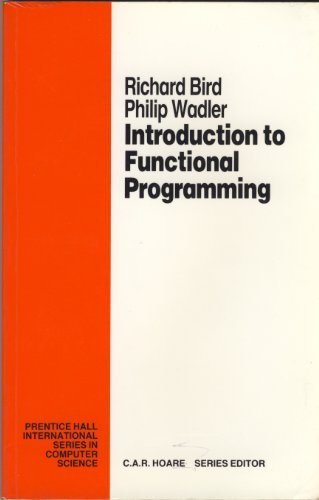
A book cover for Introduction to Functional Programming (Prentice Hall International Series in Computing Science); Richard Bird; Computers & Technology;